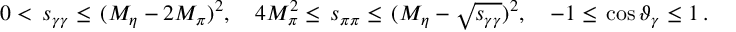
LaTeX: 0 < \, s _ { \gamma \gamma } \leq \, ( M _ { \eta } - 2 M _ { \pi } ) ^ { 2 } , \quad 4 M _ { \pi } ^ { 2 } \leq \, s _ { \pi \pi } \leq \, ( M _ { \eta } - \sqrt { s _ { \gamma \gamma } } ) ^ { 2 } , \quad - 1 \leq \, \cos \vartheta _ { \gamma } \leq 1 \, .